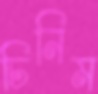
চিনিম